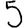
Digit: 5